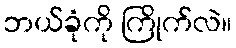
ဘယ်ခုံကို ကြိုက်လဲ။